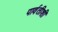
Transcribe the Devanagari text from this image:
पार्वतीशी